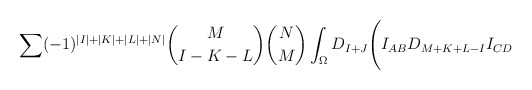
\begin{align*}\sum(-1)^{\vert I \vert +\vert K \vert +\vert L \vert + \vert N \vert}{M \choose {I-K-L}}{N \choose M}\int_{\Omega} D_{I+J}\Biggl(I_{AB}D_{M+K+L-I}I_{CD}\end{align*}